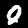
Label: 0